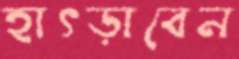
হাৎড়াবেন